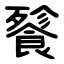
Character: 餮